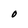
Character: O